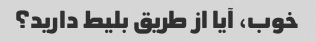
خوب، آیا از طریق بلیط دارید؟